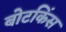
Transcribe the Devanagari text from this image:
बोटकिंस